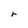
Character: r